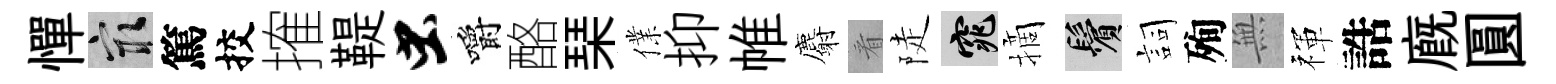
憚冣篤挍搉鞮虫嚼酪琹㒒抑帷麝㸔陡窕摘鬢詞殉𭴾禈誥廐圓